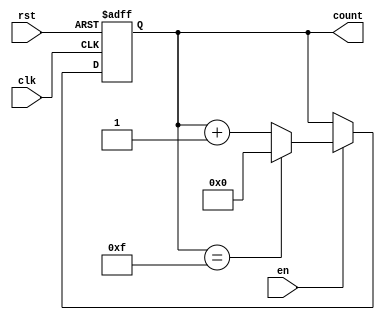
module MemoryBlocksUpCounter #(
    parameter INIT_VAL = 0,    // Initial value of the counter
    parameter MAX_VAL = 15     // Maximum value of the counter
)(
    input wire clk,            // Clock signal
    input wire rst,            // Reset signal (active-high)
    input wire en,             // Enable signal (active-high)
    output reg [3:0] count     // Current count value (4 bits for this example)
);

    // Internal signal to hold the next count value
    reg [3:0] next_count;

    // Sequential logic for counting
    always @(posedge clk or posedge rst) begin
        if (rst) begin
            count <= INIT_VAL;  // Reset to initial value
        end else if (en) begin
            count <= next_count; // Update count to next value
        end
    end

    // Combinational logic to determine next count value
    always @(*) begin
        if (count == MAX_VAL) begin
            next_count = INIT_VAL; // Wrap around to initial value
        end else begin
            next_count = count + 1; // Increment count
        end
    end

endmodule